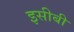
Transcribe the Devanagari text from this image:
इसीबी